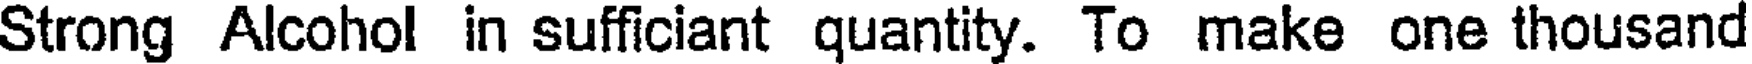
Strong Alcohol in sufficiant quantity. To make one thousand